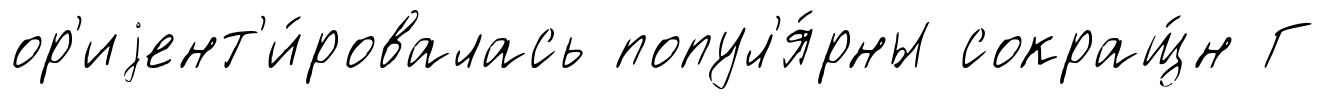
ор'иjент'и́ровалась попул'я́рны сокращ́н Г